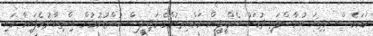
ނަމަވެސް މިދިއަ ބުރާސްފަތި ދުވަހު އެމްޑީޕީން ރައްޔިތުންގެ މަޖިލީސް ހުއްޓުވުމުން އިއްތިހާދުވެފައިވާ މައި